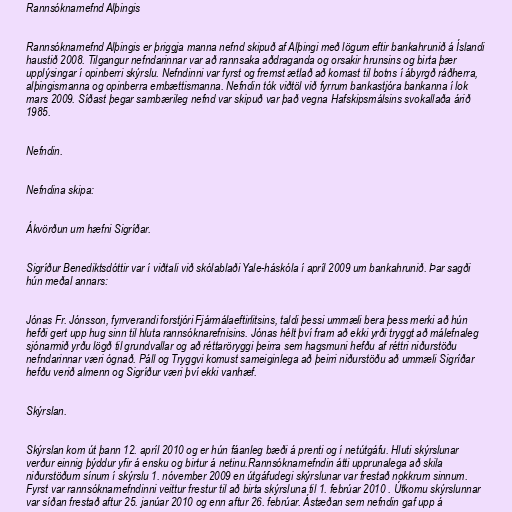
Rannsóknarnefnd Alþingis

Rannsóknarnefnd Alþingis er þriggja manna nefnd skipuð af Alþingi með lögum eftir bankahrunið á Íslandi
haustið 2008. Tilgangur nefndarinnar var að rannsaka aðdraganda og orsakir hrunsins og birta þær
upplýsingar í opinberri skýrslu. Nefndinni var fyrst og fremst ætlað að komast til botns í ábyrgð ráðherra,
alþingismanna og opinberra embættismanna. Nefndin tók viðtöl við fyrrum bankastjóra bankanna í lok
mars 2009. Síðast þegar sambærileg nefnd var skipuð var það vegna Hafskipsmálsins svokallaða árið
1985.

Nefndin.

Nefndina skipa:

Ákvörðun um hæfni Sigríðar.

Sigríður Benediktsdóttir var í viðtali við skólablaði Yale-háskóla í apríl 2009 um bankahrunið. Þar sagði
hún meðal annars:

Jónas Fr. Jónsson, fyrrverandi forstjóri Fjármálaeftirlitsins, taldi þessi ummæli bera þess merki að hún
hefði gert upp hug sinn til hluta rannsóknarefnisins. Jónas hélt því fram að ekki yrði tryggt að málefnaleg
sjónarmið yrðu lögð til grundvallar og að réttaröryggi þeirra sem hagsmuni hefðu af réttri niðurstöðu
nefndarinnar væri ógnað. Páll og Tryggvi komust sameiginlega að þeirri niðurstöðu að ummæli Sigríðar
hefðu verið almenn og Sigríður væri því ekki vanhæf.

Skýrslan.

Skýrslan kom út þann 12. apríl 2010 og er hún fáanleg bæði á prenti og í netútgáfu. Hluti skýrslunar
verður einnig þýddur yfir á ensku og birtur á netinu.Rannsóknarnefndin átti upprunalega að skila
niðurstöðum sínum í skýrslu 1. nóvember 2009 en útgáfudegi skýrslunar var frestað nokkrum sinnum.
Fyrst var rannsóknarnefndinni veittur frestur til að birta skýrsluna til 1. febrúar 2010 . Útkomu skýrslunnar
var síðan frestað aftur 25. janúar 2010 og enn aftur 26. febrúar. Ástæðan sem nefndin gaf upp á